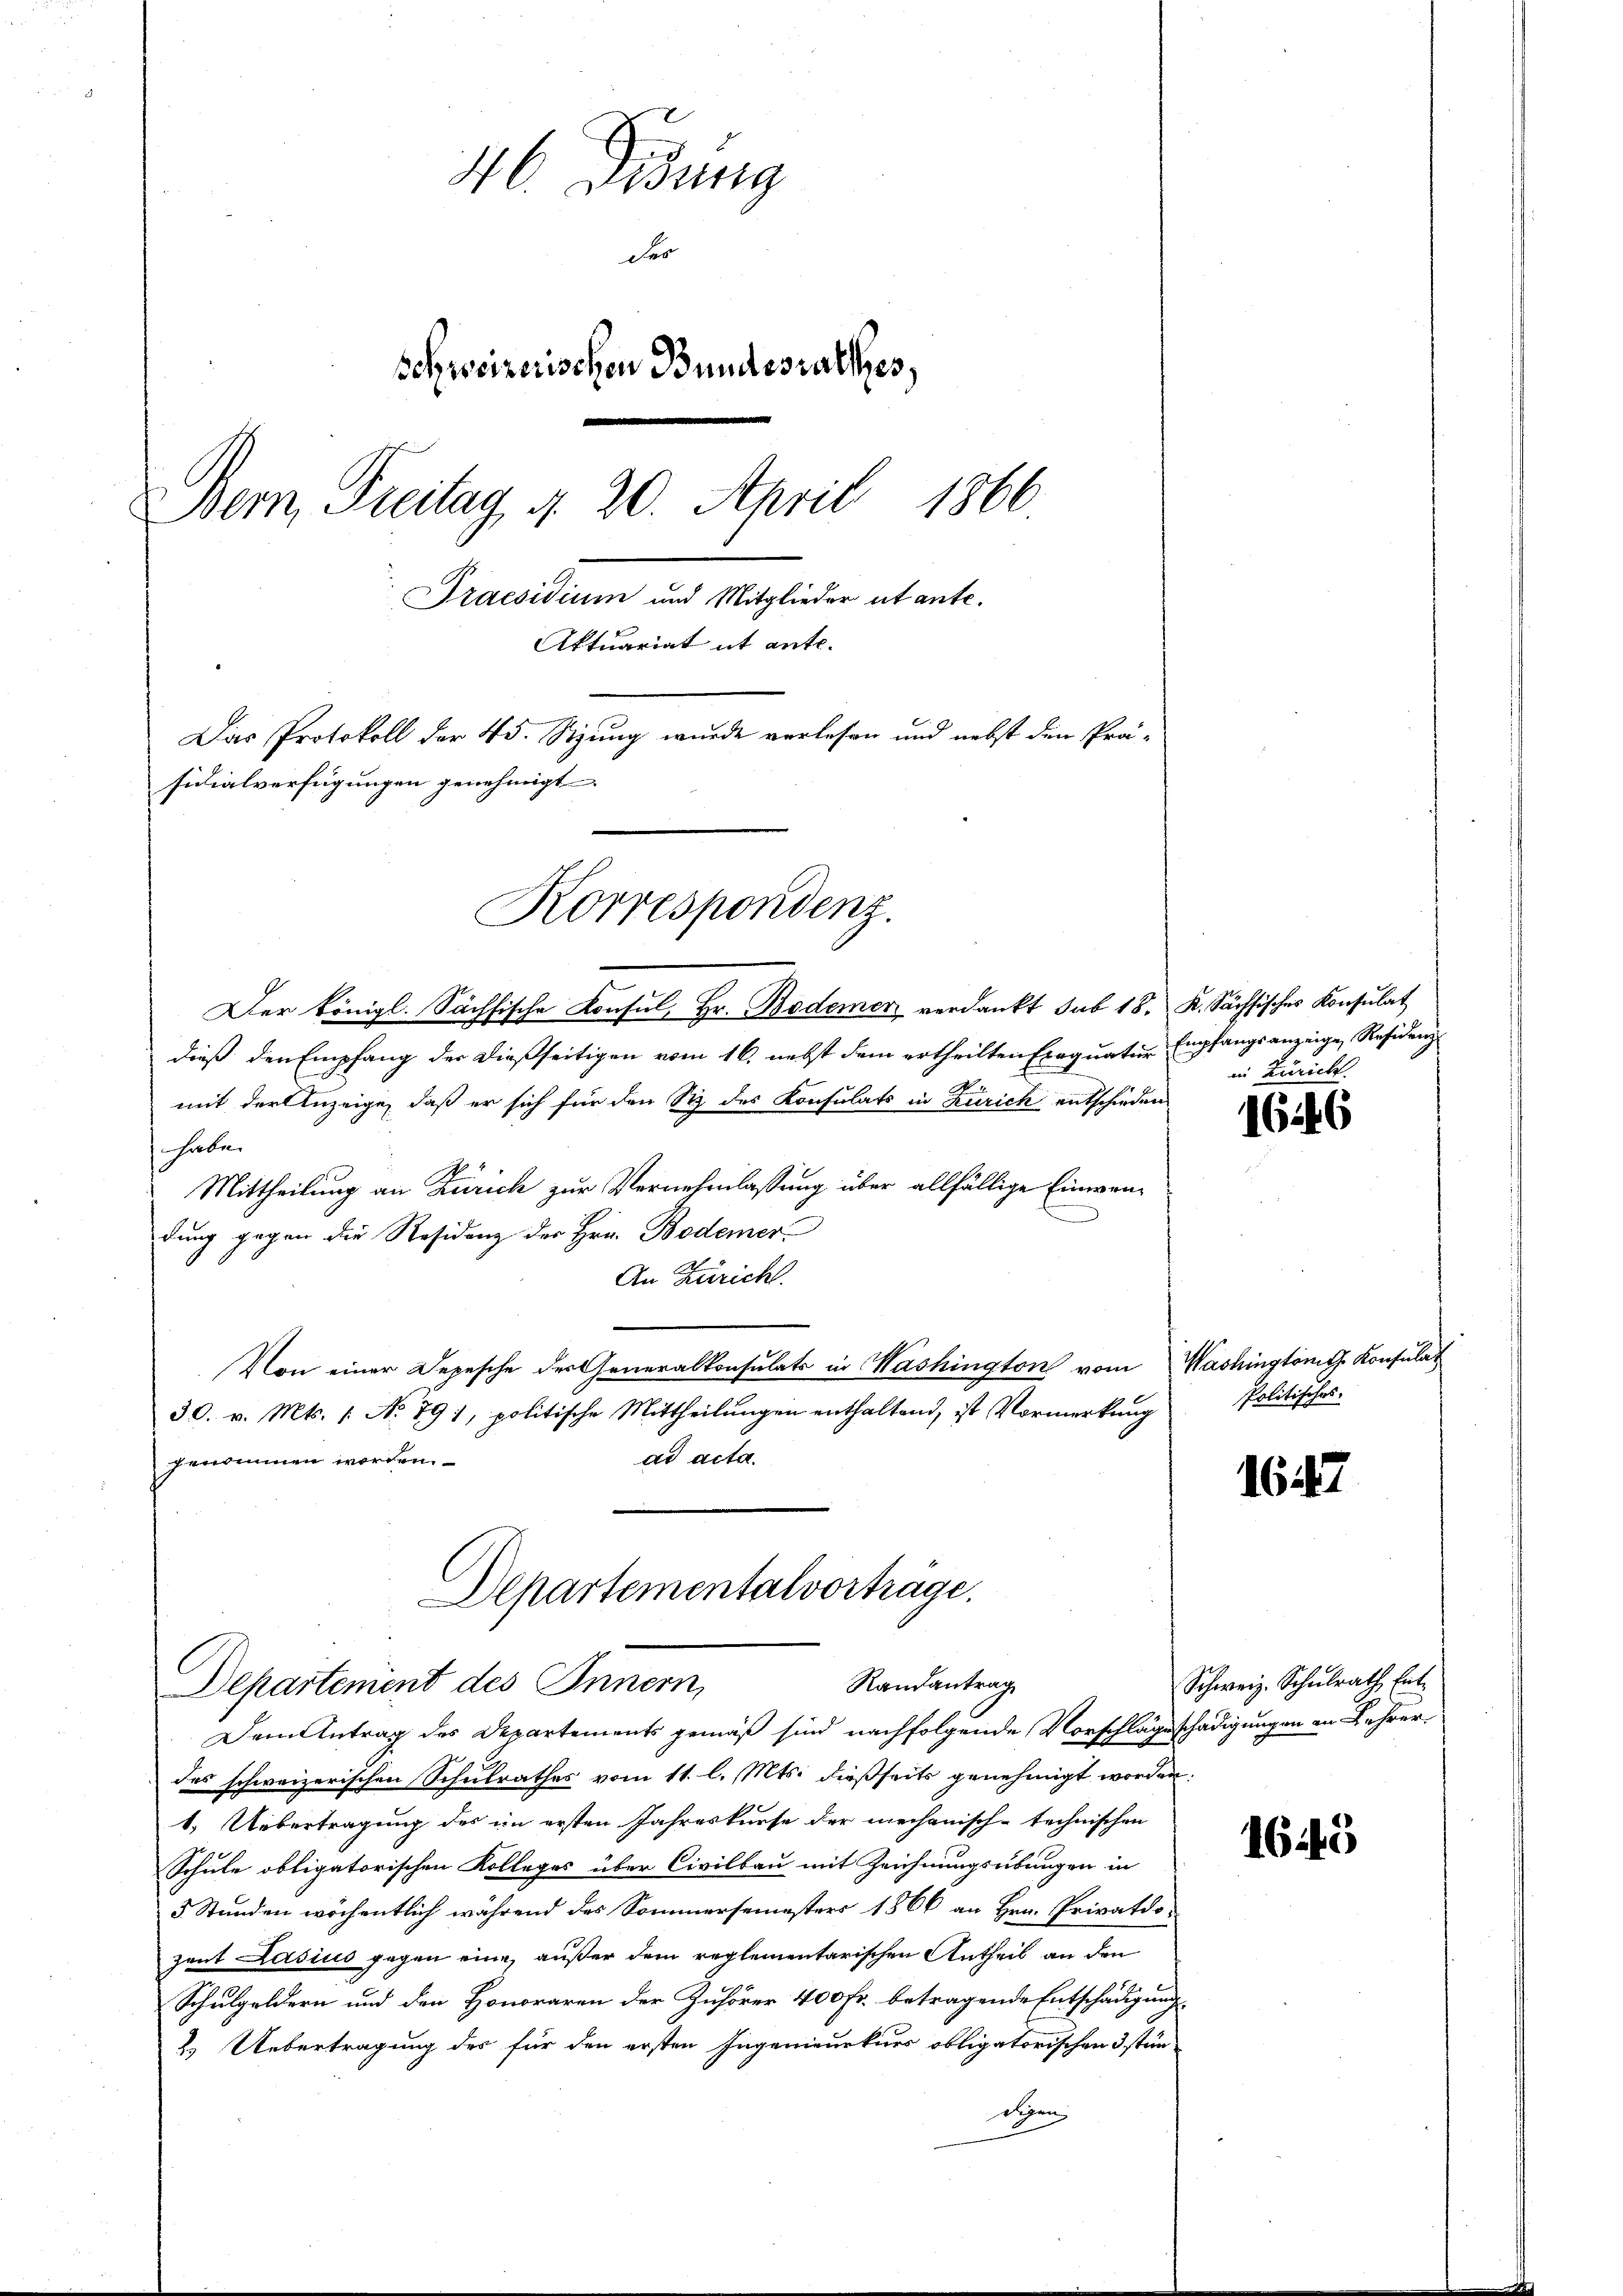
46. Didung
der
Schweizerischen Bundesrathes,
Bern, Freitag d. 20. April 1866
Praesidium und Mitglieder et ante.
Aktuariat it ante.
Das Protokoll der 45. Sizung wurde verlesen und nebst den Prä-
sidialverfügungen genehmigt

Der Königl. Sächsische Konsul, Hr. Bodemer verdankt sub 18. K. Sächsisches Konsulat
dieß den Empfang der dießseitigen vom 16. nebst dem ertheilten Exequatur Empfangsanzeige Residenz
mit der Anzeige, daß er sich für den Siz des Konsulats in Zürich entschieden
haben
Mittheilung an Zürich zur Vernehmlassung über allfällige Einwendung gegen die Residenz der Hrn. Bodemer
An Züricht.
Von einer Depesche der Generalkonsulats in Washington vom Washingtont. Konsulat
30. v. Mts. 1. No 791, politische Mittheilungen enthaltend, ist Vormerkung
ad acta.
genommen worden.

Korrespondenz.

Dem Antrag des Departements gemäß sind nachfolgende Vorschlägeschädigungen in Lehrer
des schweizerischen Schulrathes vom 11. l. Mts. dießseits genehmigt worden.
1. Uebertragung des im ersten Jahreskurse der mechanisch-technischen
Schule obligatorischen Kolleges über Civilbau mit Zeichnungsübungen in
3 Stunden wöchentlich während des Sommersemesters 1866 an Hrn. Privatdo-
zaut Kasius gegen eine außer dem reglementarischen Antheil an den
Schulgeldern und den Honoraren der Zuhörer 400 Fr. betragende Entschädigung
2. Uebertragung des für den ersten Ingenieurkurs obligatorischen 3 stür-
digen

Departementalvorträge.
Randantrag
Departement des Innern,

in Zürich.

1626

Politisches.

1647

Schweiz. Schŭlrath Ent-

1645